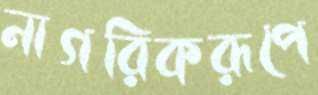
নাগরিকরূপে